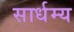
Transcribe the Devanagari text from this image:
सार्धम्य